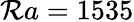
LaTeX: {\mathcal{R}a=1535}